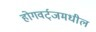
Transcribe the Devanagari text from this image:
होगवर्ट्‌जमधील